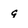
Character: q